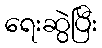
ရေးဆွဲပြီး